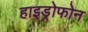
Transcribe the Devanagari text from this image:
हाइड्रोफोन